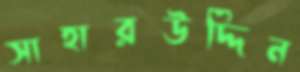
সাহারউদ্দিন